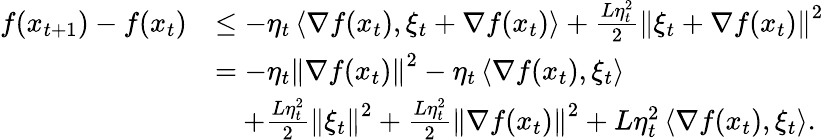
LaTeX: \begin{array}{rl}{f(x_{t+1})-f(x_{t})}&{\le-\eta_{t}\left\langle\nabla f(x_{t}),\xi_{t}+\nabla f(x_{t})\right\rangle+\frac{L\eta_{t}^{2}}{2}\left\Vert\xi_{t}+\nabla f(x_{t})\right\Vert^{2}}\\ &{=-\eta_{t}\left\Vert\nabla f(x_{t})\right\Vert^{2}-\eta_{t}\left\langle\nabla f(x_{t}),\xi_{t}\right\rangle}\\ &{\quad+\frac{L\eta_{t}^{2}}{2}\left\Vert\xi_{t}\right\Vert^{2}+\frac{L\eta_{t}^{2}}{2}\left\Vert\nabla f(x_{t})\right\Vert^{2}+L\eta_{t}^{2}\left\langle\nabla f(x_{t}),\xi_{t}\right\rangle.}\end{array}